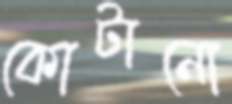
কোটানো